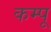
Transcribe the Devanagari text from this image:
कम्पू